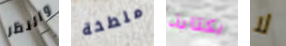
والنظر ملطخة بكتابة لا